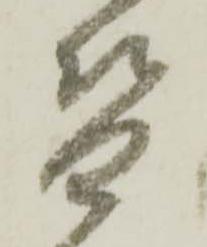
替